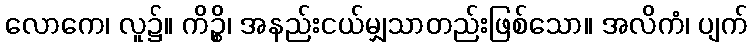
လောကေ၊ လူ၌။ ကိဉ္စိ၊ အနည်းငယ်မျှသာတည်းဖြစ်သော။ အလိကံ၊ ပျက်